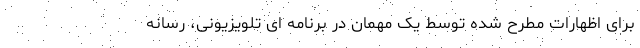
برای اظهارات مطرح شده توسط یک مهمان در برنامه ای تلویزیونی، رسانه